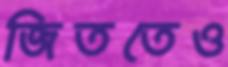
জিততেও